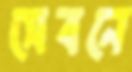
সেবনে